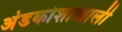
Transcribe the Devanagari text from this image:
अंडकोशाखाली